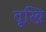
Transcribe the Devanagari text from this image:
दूखि